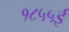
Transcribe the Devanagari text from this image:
१८५५ई